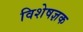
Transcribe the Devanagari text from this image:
विशेषज्ञक